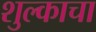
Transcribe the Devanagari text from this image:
शुल्काचा